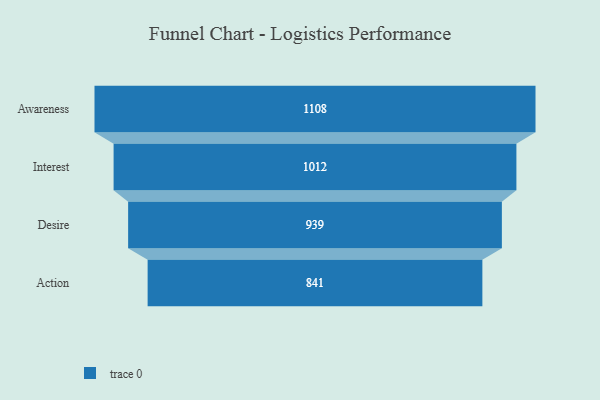
{"axis": {"x": "Stage", "y": "Value"}, "legend": [""], "data": [{"x": "Awareness", "y": 1108.0, "type": ""}, {"x": "Interest", "y": 1012.0, "type": ""}, {"x": "Desire", "y": 939.0, "type": ""}, {"x": "Action", "y": 841.0, "type": ""}]}